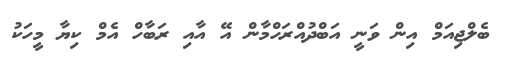
ބެލްޖިއަމް އިން ވަނީ އަބްދުއްރަހްމާން އޭ އާއި ރަބާހް އެމް ކިޔާ މީހަކު